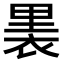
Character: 𧚣